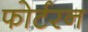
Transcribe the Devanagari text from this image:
फोर्टरन